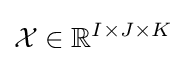
{\mathcal {X}}\in \mathbb {R} ^{I\times J\times K}